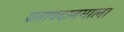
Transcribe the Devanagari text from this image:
व्रतावदानमाला